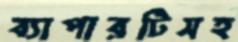
ব্যাপারটিসহ